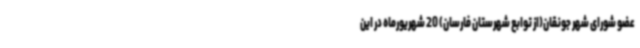
عضو شورای شهر جونقان(از توابع شهرستان فارسان) 20 شهریورماه در این